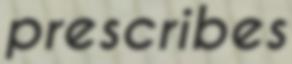
prescribes